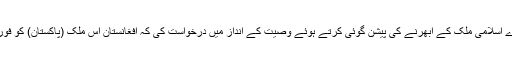
اسی دورے میں علامہؒ نے کابل کے کئی ایک اہم ذمہ داران کو افغانستان کے شمال مشرق میں ایک بڑے اسلامی ملک کے اُبھرنے کی پیشن گوئی کرتے ہوئے وصیت کے انداز میں درخواست کی کہ افغانستان اس ملک (پاکستان) کو فوراً تسلیم کرکے برادرانہ تعلقات استوار کرے تو اس سے دونوں ملکوں کے عوام کو بہت فائدے ہوں گے۔